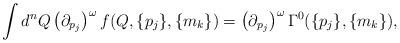
LaTeX: \begin{align*}\int d^{n}Q \left ({\partial}_{p_{j}} \right )^{\omega}f(Q,\{p_{j}\},\{m_{k}\})= \left ( {\partial}_{p_{j}} \right )^{\omega}\Gamma^{0} (\{p_{j}\},\{m_{k}\}),\end{align*}